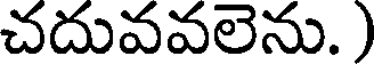
చదువవలెను.)